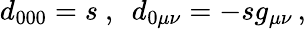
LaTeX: d_{000}=s\ ,\ \ d_{0\mu\nu}=-sg_{\mu\nu}\, ,